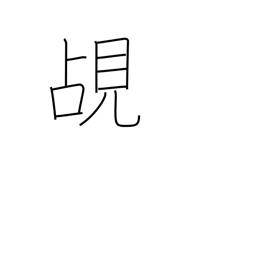
Meaning: peep